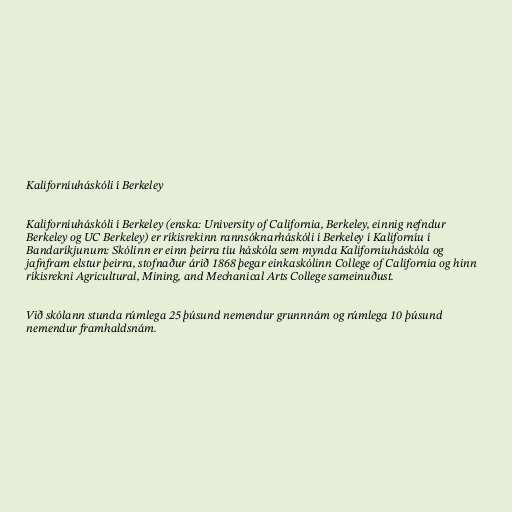
Kaliforníuháskóli í Berkeley

Kaliforníuháskóli í Berkeley (enska: University of California, Berkeley, einnig nefndur
Berkeley og UC Berkeley) er ríkisrekinn rannsóknarháskóli í Berkeley í Kaliforníu í
Bandaríkjunum: Skólinn er einn þeirra tíu háskóla sem mynda Kaliforníuháskóla og
jafnfram elstur þeirra, stofnaður árið 1868 þegar einkaskólinn College of California og hinn
ríkisrekni Agricultural, Mining, and Mechanical Arts College sameinuðust.

Við skólann stunda rúmlega 25 þúsund nemendur grunnnám og rúmlega 10 þúsund
nemendur framhaldsnám.